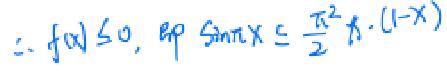
$\therefore f(x)\leq0,\ $即$\ \sin \pi x\leq \frac {\pi ^{2}}{2}x\cdot (1 - x)$